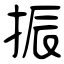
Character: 振